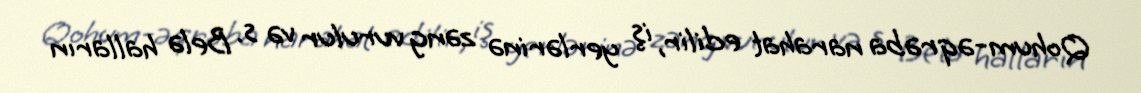
Qohum-əqrəba narahat edilir, iş yerlərinə zəng vurulur və s. Belə halların